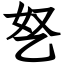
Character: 㐐